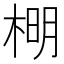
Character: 𣔂